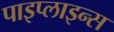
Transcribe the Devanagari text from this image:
पाइप्लाइन्स